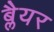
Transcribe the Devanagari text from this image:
ब्लैयर